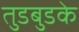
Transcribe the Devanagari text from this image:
तुडबुडके